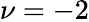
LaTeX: \nu=-2